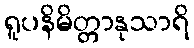
ရူပနိမိတ္တာနုသာရိ